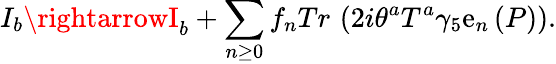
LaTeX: I_{b}\rightarrowI_{b}+\sum_{n\geq0}f_{n}Tr\, \left(2i\theta^{a}T^{a}\gamma_{5}\mathrm{e}_{n}\left(P\right)\right).